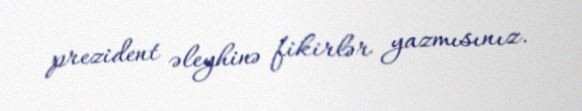
prezident əleyhinə fikirlər yazmısınız.